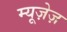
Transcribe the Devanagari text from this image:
म्यूज़ेज़